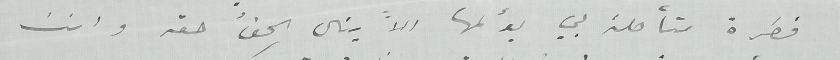
فطرة متأصلة بي يؤلمها الاً ينال الحقُ حقه وانت